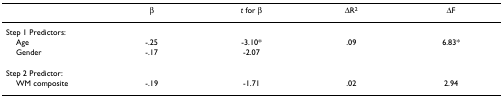
<table><thead><tr><td></td><td><b>β</b></td><td><b><i>t </i>for β</b></td><td><b>ΔR<sup>2</sup></b></td><td><b>ΔF</b></td></tr></thead><tbody><tr><td>Step 1 Predictors:</td><td></td><td></td><td></td><td></td></tr><tr><td> Age</td><td>-.25</td><td>-3.10*</td><td>.09</td><td>6.83*</td></tr><tr><td> Gender</td><td>-.17</td><td>-2.07</td><td></td><td></td></tr><tr><td>Step 2 Predictor:</td><td></td><td></td><td></td><td></td></tr><tr><td> WM composite</td><td>-.19</td><td>-1.71</td><td>.02</td><td>2.94</td></tr></tbody></table>